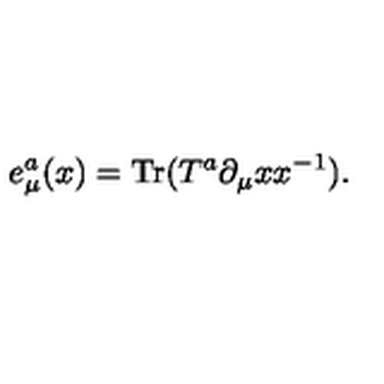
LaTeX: e _ { \mu } ^ { a } ( x ) = \mathrm { T r } ( T ^ { a } \partial _ { \mu } x x ^ { - 1 } ) .